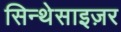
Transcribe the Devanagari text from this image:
सिन्थेसाइज़र